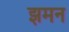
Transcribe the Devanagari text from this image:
झमन